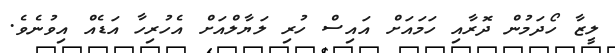
ލީޒާ ހޯދަމުން ދޮރާއި ހަމައަށް އައިސް ހުރި ލަޔާލްއަށް އެހުރިހާ އަޑެއް އިވުނެވެ.